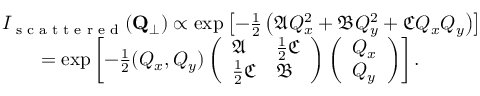
\begin{array} { r l } & { I _ { \textrm { s c a t t e r e d } } ( \mathbf { Q } _ { \perp } ) \propto \exp \left[ - \frac { 1 } { 2 } \left( \mathfrak { A } Q _ { x } ^ { 2 } + \mathfrak { B } Q _ { y } ^ { 2 } + \mathfrak { C } Q _ { x } Q _ { y } \right) \right] } \\ & { \quad \quad = \exp \left[ - \frac { 1 } { 2 } ( Q _ { x } , Q _ { y } ) \left( \begin{array} { l l } { \mathfrak { A } } & { \frac { 1 } { 2 } \mathfrak { C } } \\ { \frac { 1 } { 2 } \mathfrak { C } } & { \mathfrak { B } } \end{array} \right) \left( \begin{array} { l } { Q _ { x } } \\ { Q _ { y } } \end{array} \right) \right] . \quad } \end{array}